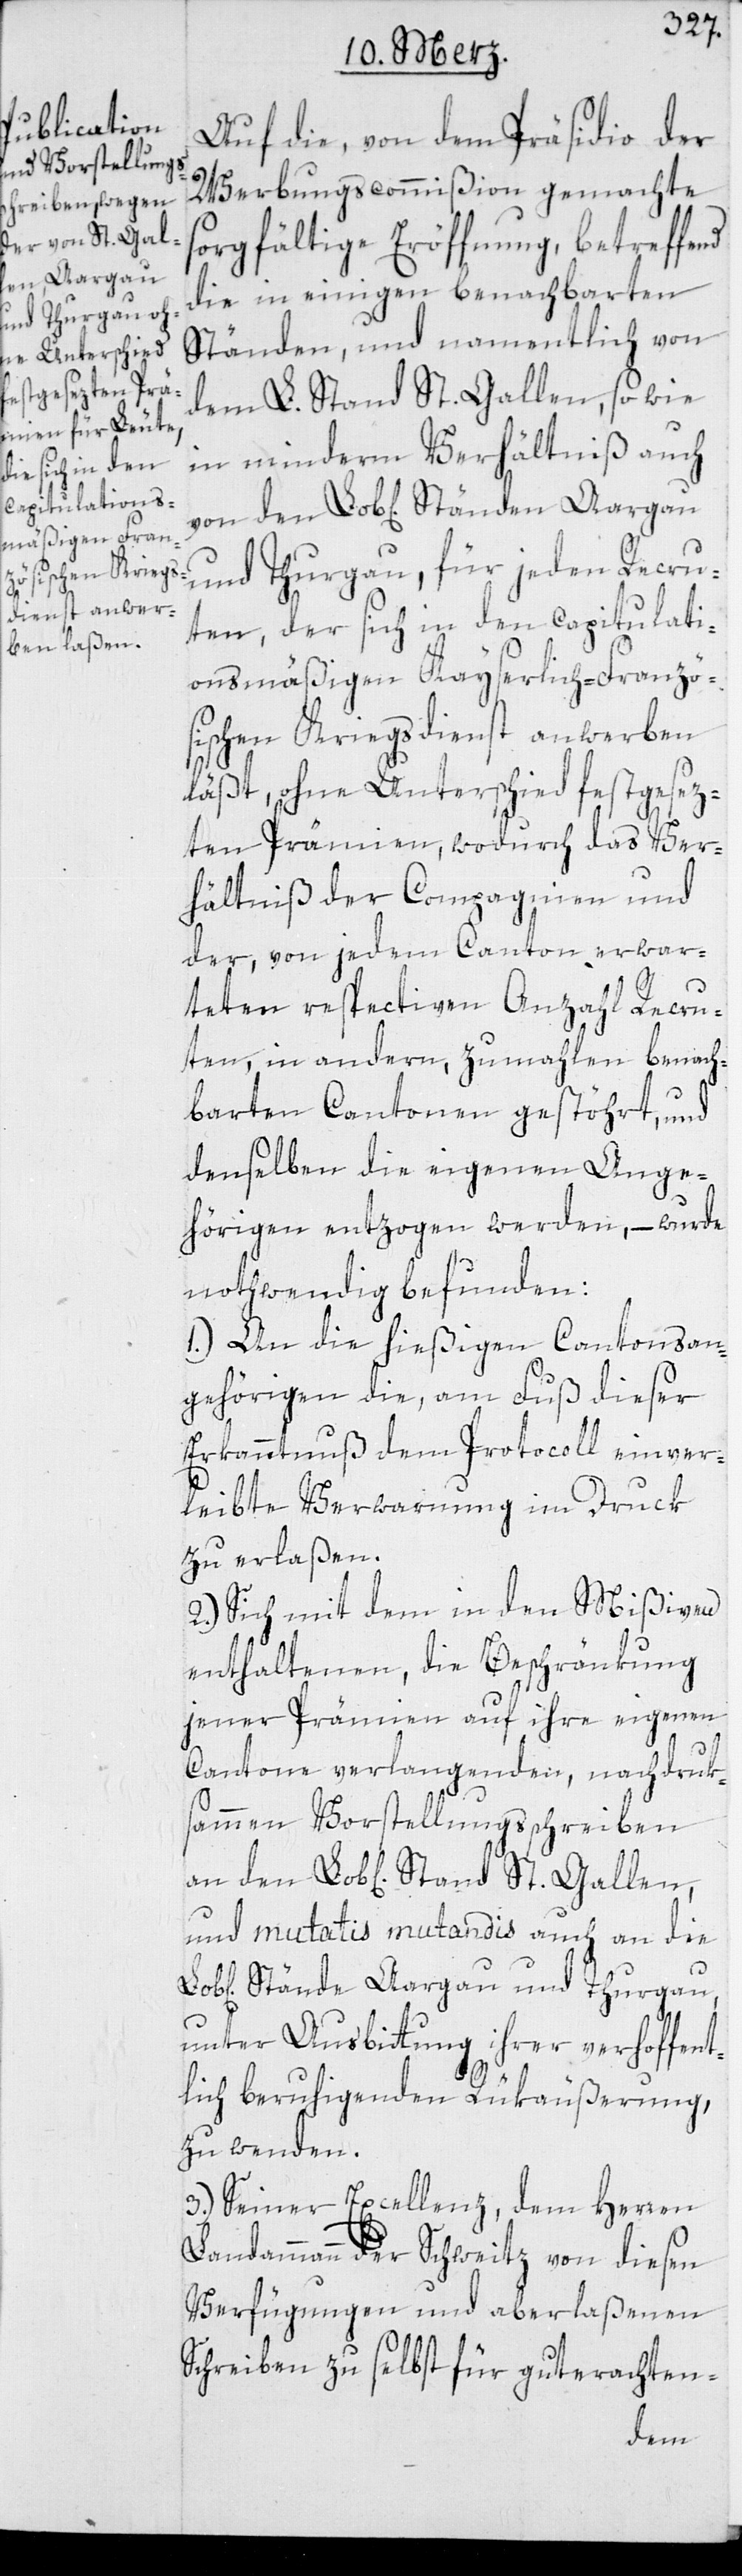
den Aargau

Auf die von dem Präsidio der
Werbungscommißion gemachte
sorgfältige Eröffnung, betreffend
die in einigen benachbarten
Ständen und namentlich von
dem L. Stand St. Gallen sowie
in minderm Verhältnis auch
und Thurgau, für jeden Recru¬
ten, der sich in den capitulati¬
onsmäßigen Kayserlich-Franzö¬
sischen Kriegsdienst anwerben
läßt, ohne Unterschied festgesez¬
ten Prämien, wodurch das Ver¬
hältniß der Compagnien und
der, von jedem Canton erwar¬
teten respectiven Anzahl Recru¬
ten, in andern, zumahlen benach¬
barten Cantonen gestöhrt, und
denselben die eigenen Ange¬
hörigen entzogen werden, – wurde
notwendig befunden:
1.) An die hießigen Cantonsan¬
gehörigen die am Fuß dieser
Erkanntnuß dem Protocoll einver¬
leibte Verwarnung im Druck
zu erlaßen.
2.) Sich mit dem in den Mißiven
enthaltenen, die Beschränkung
jener Prämien auf ihre eigenen
St.
Cantone verlangenden, nachdruk¬
sammen Vorstellungßchreiben
und mutatis mutandis auch an die
Stände Aargau und Thurgau,
unter Ausbittung ihrer verhoffent¬
lich beruhigenden Rükäußerung,
zu wenden.
3.) Seiner Excellenz dem Herren
Landammann der Schweitz von diesen
Verfügungen und aberlaßenen
Schreiben zu selbst für guterachten-
den